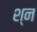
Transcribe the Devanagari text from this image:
श्न